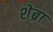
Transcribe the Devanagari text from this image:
शेब्रा